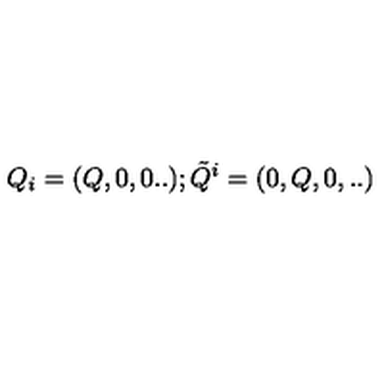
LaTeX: Q _ { i } = ( Q , 0 , 0 . . ) ; { \tilde { Q } } ^ { i } = ( 0 , Q , 0 , . . )